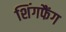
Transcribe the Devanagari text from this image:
शिंगफैंग